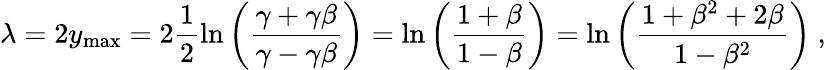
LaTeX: \lambda=2y_{\mathrm{max}}=2\frac{1}{2}\ln\left(\frac{\gamma+\gamma\beta}{\gamma-\gamma\beta}\right)=\ln\left(\frac{1+\beta}{1-\beta}\right)=\ln\left(\frac{1+\beta^{2}+2\beta}{1-\beta^{2}}\right)~,